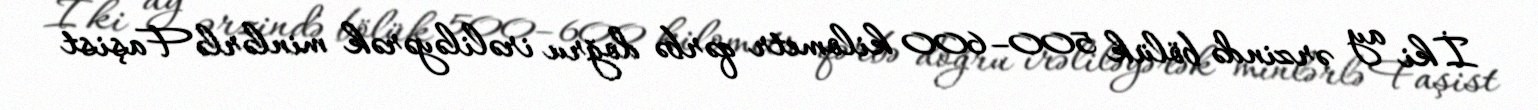
İki ay ərzində bölük 500–600 kilometr qərbə doğru irəliləyərək minlərlə Faşist